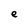
Character: e